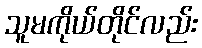
သူမကိုယ်တိုင်လည်း